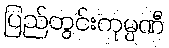
ပြည်တွင်းကုမ္ပဏီ